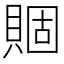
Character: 𧶮